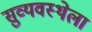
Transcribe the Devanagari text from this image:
सुव्यवस्थेला